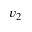
v _ { 2 }